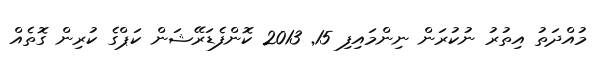
މުއްދަތު އިތުރު ނުކުރަން ނިންމައިފި 15